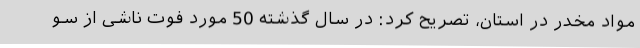
مواد مخدر در استان، تصریح کرد: در سال گذشته 50 مورد فوت ناشی از سو